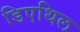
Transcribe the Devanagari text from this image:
डिएथिल